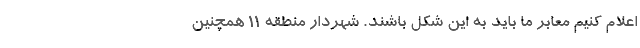
اعلام کنیم معابر ما باید به این شکل باشند. شهردار منطقه ۱۱ همچنین